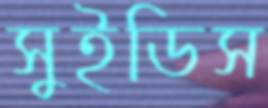
সুইডিস